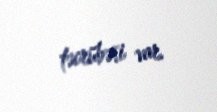
təcrübəsi var.